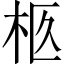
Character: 柩